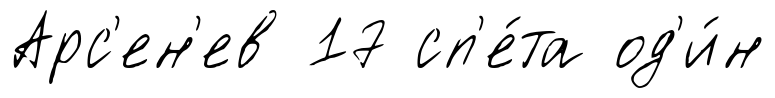
Арс'ен'ев 17 сп'е́та од'и́н